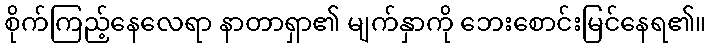
စိုက်ကြည့်နေလေရာ နာတာရှာ၏ မျက်နှာကို ဘေးစောင်းမြင်နေရ၏။